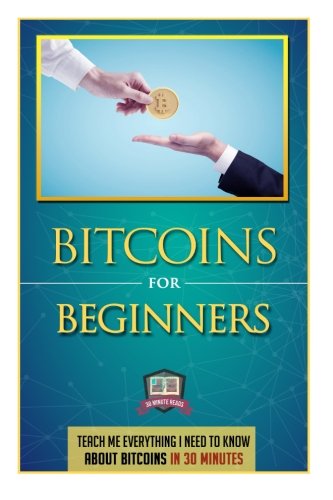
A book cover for Bitcoins For Beginners: Teach Me Everything I Need To Know About Bitcoins In 30 Minutes (Learn How to Invest, Mine, and Trade Bitcoins); 30 Minute Reads; Computers & Technology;